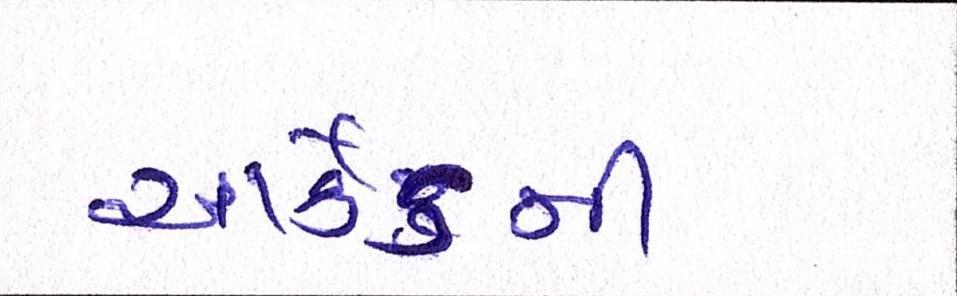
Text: આર્કેડની